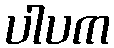
ပါပက